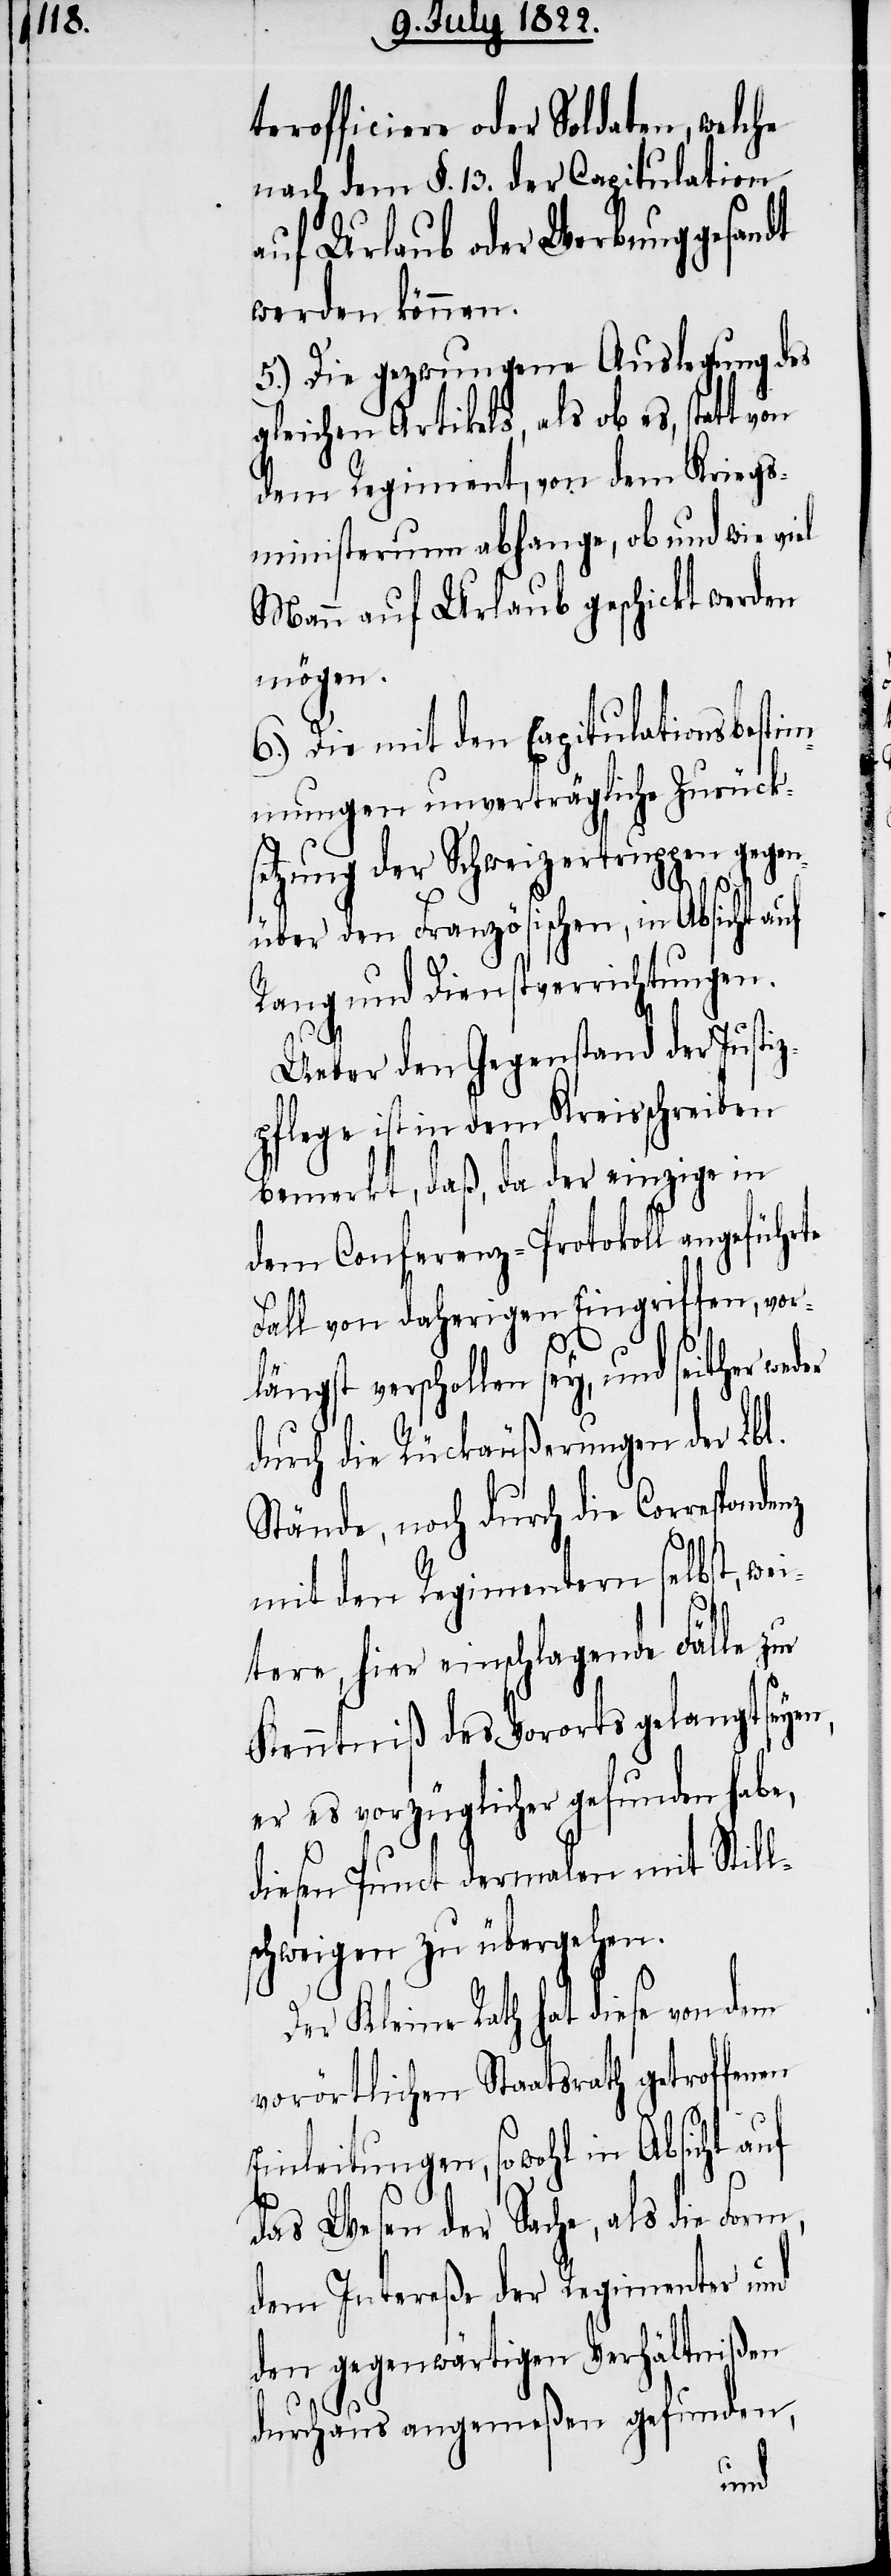
terofficiere oder Soldaten, welche
nach dem §. 13. der Capitulation
auf Urlaub oder Werbung gesandt
werden können.
5.) Die gezwungene Auslegung des
gleichen Artikels, als ob es, statt von
dem Regiment von dem Kriegs¬
ministerium abhange, ob und wie viel
Mann auf Urlaub geschickt werden
mögen.
6.) Die mit den Capitulationsbestim¬
mungen unverträgliche Zurücks¬
etzung der Schweizertruppen gegen¬
denz
über den Französischen, in Absicht auf
Rang und Dienstverrichtungen.
Ueber den Gegenstand der Justi¬
zpflege ist in dem Kreisschreiben
bemerkt, daß, da der einzige in
dem Conferenz-Protokoll angeführte
Fall von daherigen Eingriffen, vor¬
längst verschollen sey, und seither weder
durch die Rückäußerungen der Lbl.
Stände, noch durch die Correspon¬
mit den Regimentern selbst, wei¬
tere, hier einschlagende Fälle zur
Kenntniß des Vororts gelangt seyen,
er es vorzüglicher gefunden habe,
diesen Punct dermalen mit Still¬
schweigen zu übergehen.
Der Kleine Rath hat diese von dem
vorörtlichen Staatsrath getroffenen
Einleitungen, sowohl in Absicht auf
das Wesen der Sache, als die
dem Intereße der Regimenter und
den gegenwärtigen Verhältnißen
durchaus angemeßen gefunden,